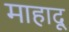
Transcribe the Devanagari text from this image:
माहादू